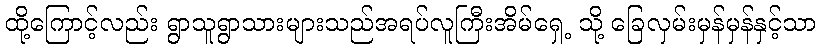
ထို့ကြောင့်လည်း ရွာသူရွာသားများသည်အရပ်လူကြီးအိမ်ရှေ့ သို့ ခြေလှမ်းမှန်မှန်နှင့်သာ